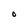
Character: O